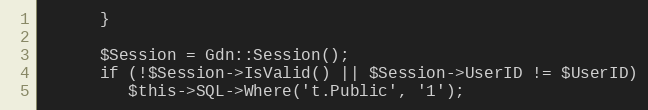
Language: PHP
      }

      $Session = Gdn::Session();
      if (!$Session->IsValid() || $Session->UserID != $UserID)
         $this->SQL->Where('t.Public', '1');